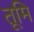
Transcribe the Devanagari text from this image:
तूमि